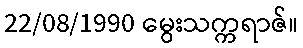
22/08/1990 မွေးသက္ကရာဇ်။